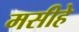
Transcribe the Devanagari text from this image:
मसीहे